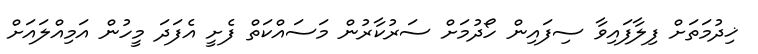
ޚިދުމަތަށް ފިލާފައިވާ ސިފައިން ހޯދުމަށް ސަރުކާރުން މަސައްކަތް ފެށީ އެފަދަ މީހުން އަމިއްލައަށް